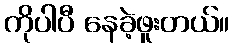
ကိုပါပီ နေခဲ့ဖူးတယ်။